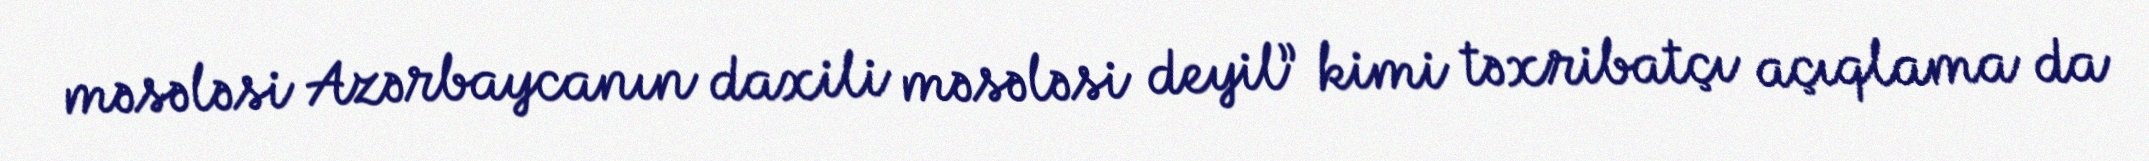
məsələsi Azərbaycanın daxili məsələsi deyil” kimi təxribatçı açıqlama da